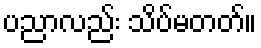
ပညာလည်း သိပ်မတတ်။